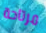
مرتاحة